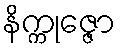
နိက္ကုဇ္ဇော